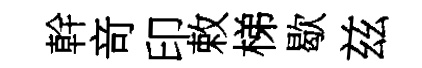
幹竒印敕梯歇兹